Leaving Certificate Examination (including Day School Certificate (Higher) General paper), 1939
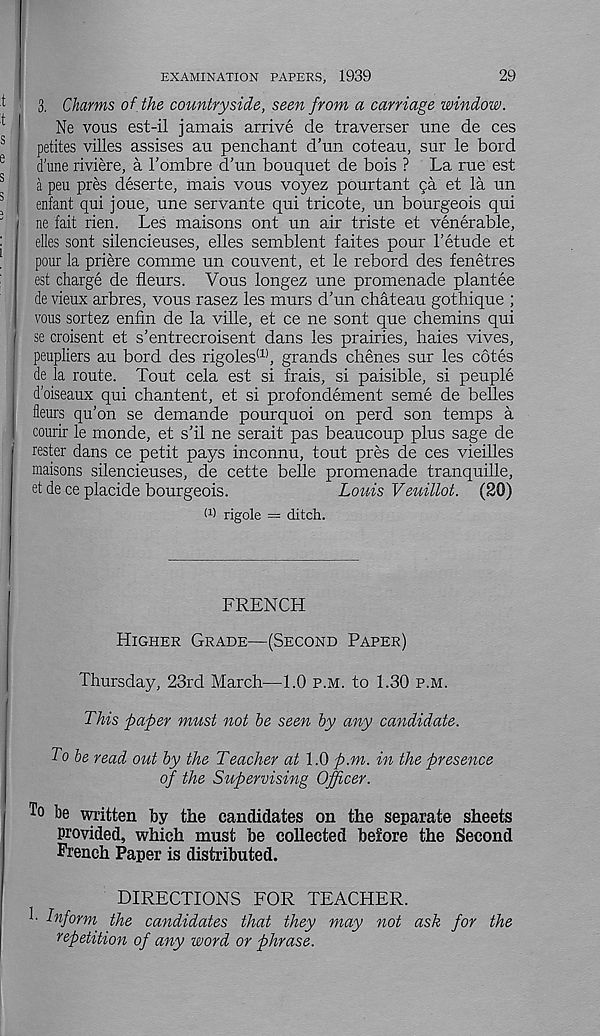
29
EXAMINATION PAPERS, 1939
3. Charms of the countryside, seen from a carriage window.
Ne vous est-il jamais arrive de traverser une de ces
petites villes assises an penchant d’un coteau, sur le bord
d'une riviere, a I’ombre d’un bouquet de bois ? La rue est
a peu pres deserte, inais vous voyez pourtant pa et la un
enfant qui joue, une servante qui tricote, un bourgeois qui
ne fait rien. Les maisons ont un air triste et venerable,
elles sent silencieuses, elles semblent faites pour 1’etude et
pour la priere comme un couvent, et le rebord des fenetres
est charge de fleurs. Vous longez une promenade plantee
de vieux arbres, vous rasez les murs d’un chateau gothique ;
vous sortez enfin de la ville, et ce ne sont que chemins qui
se croisent et s’entrecroisent dans les prairies, haies vives,
peupliers au bord des rigoles (1) , grands chenes sur les cotes
de la route. Tout cela est si frais, si paisible, si peuple
d’oiseaux qui chantent, et si profondement seme de belles
fleurs qu’on se demande pourquoi on perd son temps a
courir le monde, et s’il ne serait pas beaucoup plus sage de
rester dans ce petit pays inconnu, tout pres de ces vieilles
maisons silencieuses, de cette belle promenade tranquille,
et de ce placide bourgeois.
Louis Veuillot. (20)
W rigole = ditch.
FRENCH
Higher Grade—(Second Paper)
Thursday, 23rd March—1.0 p.m. to 1.30 p.m.
This paper must not be seen by any candidate.
To be read out by the Teacher at 1.0 p.m. in the presence
of the Supervising Officer.
To be written by the candidates on the separate sheets
provided, which must be collected before the Second
French Paper is distributed.
DIRECTIONS FOR TEACHER,
h Infornt the candidates that they may not ask for the
repetition of any word or phrase.